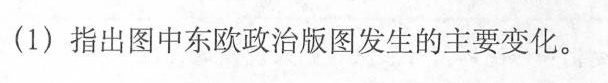
(1)指出图中东欧政治版图发生的主要变化。